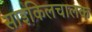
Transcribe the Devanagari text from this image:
साइकिलचालक